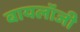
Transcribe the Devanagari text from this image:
बायलॉजी